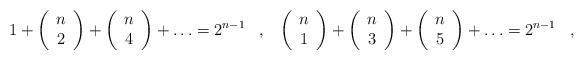
\begin{align*}1+\left(\begin{array}{c}n\\ 2\\ \end{array}\right)+\left(\begin{array}{c}n\\ 4\\ \end{array}\right)+\ldots=2^{n-1}\,\,\,\,\,,\,\,\,\,\,\left(\begin{array}{c}n\\ 1\\ \end{array}\right)+\left(\begin{array}{c}n\\ 3\\ \end{array}\right)+\left(\begin{array}{c}n\\ 5\\ \end{array}\right)+\ldots=2^{n-1}\,\,\,\,\,,\,\,\,\,\,\end{align*}